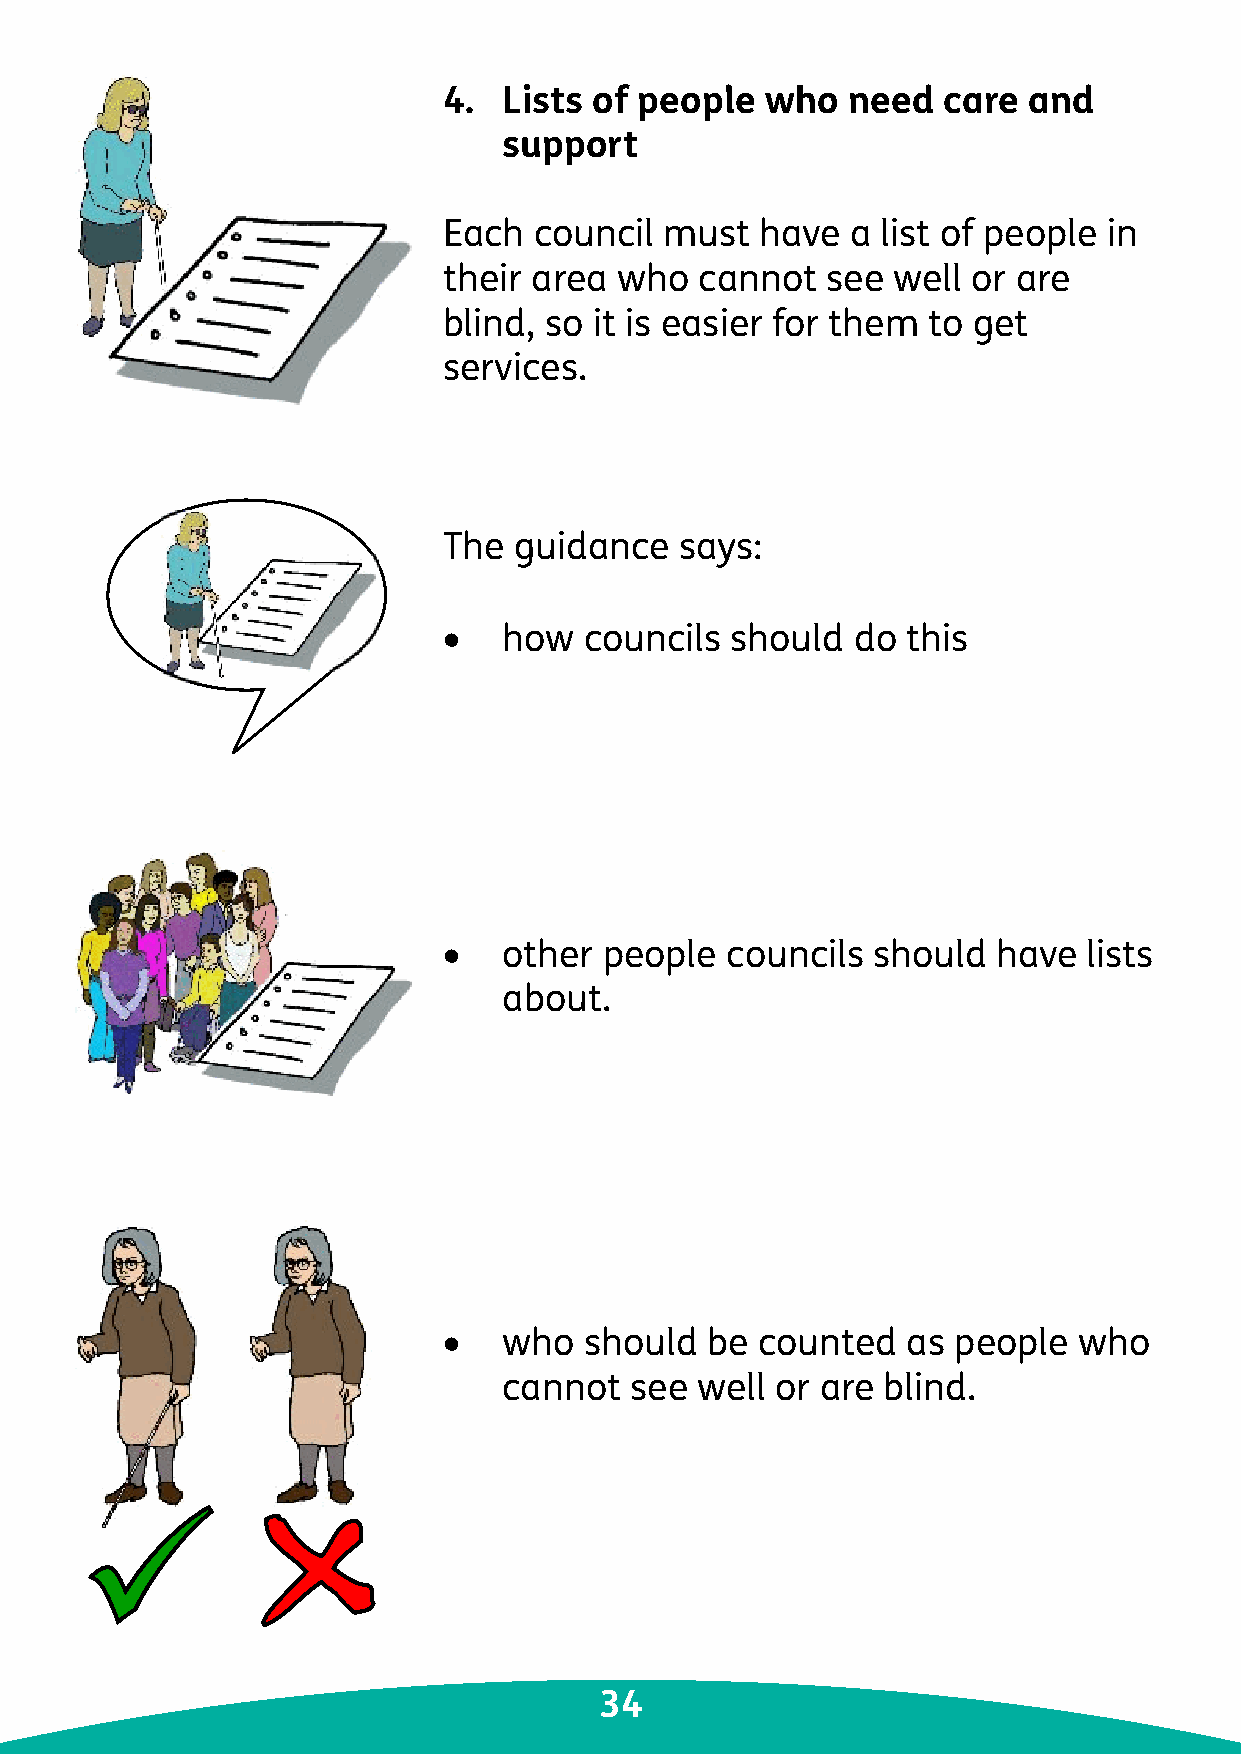
4.  Lists of people   who  need  care  and
 support
 Each  council  must  have  a list of people in
 their area  who  cannot   see well or are
 blind, so it is easier for them to get
 services.
 The  guidance   says:
 •   how   councils should  do  this
 •   other  people  councils  should  have  lists
 about.
 •   who   should  be counted   as people  who
 cannot   see well or are blind.
 34